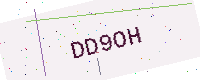
Text: DD9OH